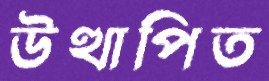
উত্থাপিত